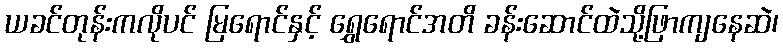
ယခင်တုန်းကလိုပင် မြရောင်နှင့် ရွှေရောင်အတိ ခန်းဆောင်ထဲသို့ဖြာကျနေဆဲ၊